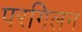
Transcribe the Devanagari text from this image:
परगिलन